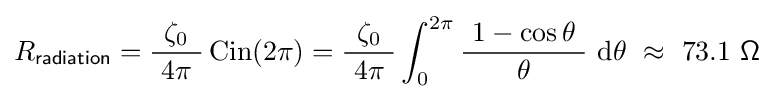
R_{\mathsf {radiation}}={\frac {\zeta _{0}}{\ 4\pi \ }}\operatorname {Cin} (2\pi )={\frac {\zeta _{0}}{\ 4\pi \ }}\int _{0}^{2\pi }{\frac {\ 1-\cos \theta \ }{\theta }}\ \mathrm {d} \theta \ \approx \ 73.1\ {\mathsf {\Omega }}~